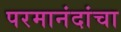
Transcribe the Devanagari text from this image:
परमानंदांचा